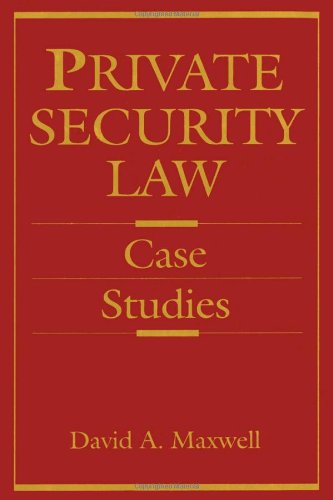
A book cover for Private Security Law: Case Studies; David Maxwell; Law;